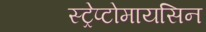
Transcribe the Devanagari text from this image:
स्ट्रेप्टोमायसिन